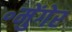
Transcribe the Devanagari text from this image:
॰मुेंगेर